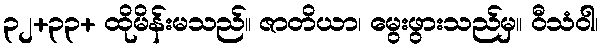
၃၂+၃၃+ ထိုမိန်းမသည်။ ဇာတိယာ၊ မွေးဖွားသည်မှ။ ဝီသံဝါ၊